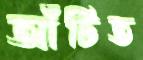
আঁটিত